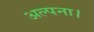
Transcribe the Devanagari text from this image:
अल्पना।